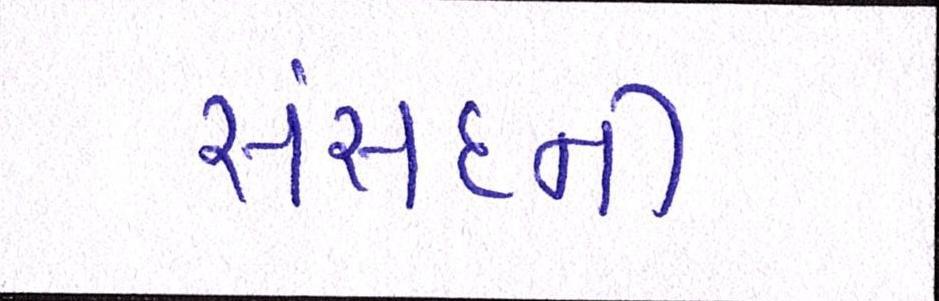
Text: સંસદની